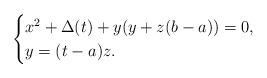
LaTeX: \begin{align*}\begin{cases}x^2+\Delta(t)+y(y+z(b-a))=0,\\y=(t-a)z.\end{cases}\end{align*}